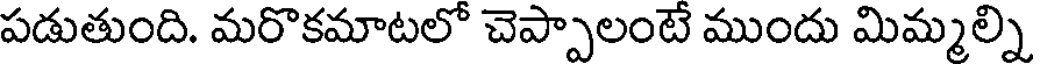
పడుతుంది. మరొకమాటలో చెప్పాలంటే ముందు మిమ్మల్ని